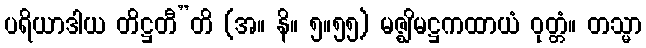
ပရိယာဒါယ တိဋ္ဌတီ”တိ (အ။ နိ။ ၅။၅၅) မဇ္ဈိမဋ္ဌကထာယံ ဝုတ္တံ။ တသ္မာ